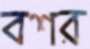
বশর